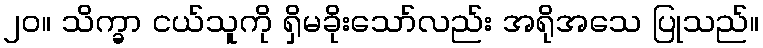
၂၀။ သိက္ခာ ငယ်သူကို ရှိမခိုးသော်လည်း အရိုအသေ ပြုသည်။